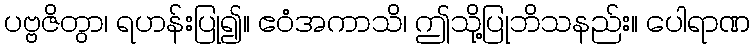
ပဗ္ဗဇိတွာ၊ ရဟန်းပြု၍။ ဧဝံအကာသိ၊ ဤသို့ပြုဘိသနည်း။ ပေါရာဏ